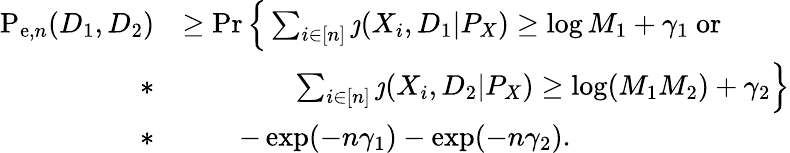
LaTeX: \begin{array}{rl}{\mathrm{P}_{\mathrm{e},n}(D_{1},D_{2})}&{\geq\operatorname*{Pr}\Big\{ \sum_{i\in[n]}\jmath(X_{i},D_{1}|P_{X})\geq\log M_{1}+\gamma_{1}~\mathrm{or}}\\ {*}&{\qquad\qquad\sum_{i\in[n]}\jmath(X_{i},D_{2}|P_{X})\geq\log(M_{1}M_{2})+\gamma_{2}\Big\} }\\ {*}&{\qquad-\exp(-n\gamma_{1})-\exp(-n\gamma_{2}).}\end{array}